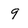
Character: 9